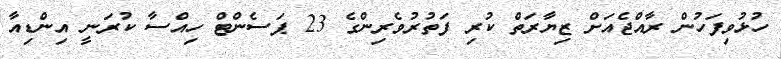
ހުޅުވިފަހުން ރާއްޖެއަށް ޒިޔާރަތް ކުރި ފަތުރުވެރިންގެ 23 ޕަސެންޓް ހިއްސާ ކުރަނީ އިންޑިއާ